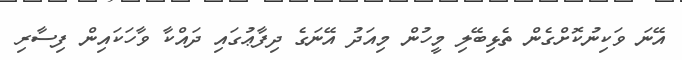
އޭނަ ވަކިނުކޮށްގެން ތެޅިބޭލި މީހުން މިއަދު އޭނަގެ ދިފާޢުގައި ދައްކާ ވާހަކައިން ފިސާރި